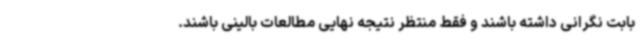
بابت نگرانی داشته باشند و فقط منتظر نتیجه نهایی مطالعات بالینی باشند.